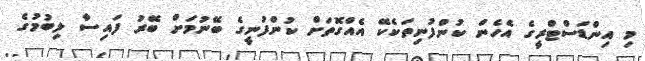
މި އިންޑަސްޓްރީގެ އެހެން ކުންފުނިތަކެކޭ އެއްގޮތަށް ކުންފުނީގެ ބޭނުމަށް ބޭރު ފައިސާ ލިބުމުގެ